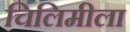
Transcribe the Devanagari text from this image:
चिलिमीला